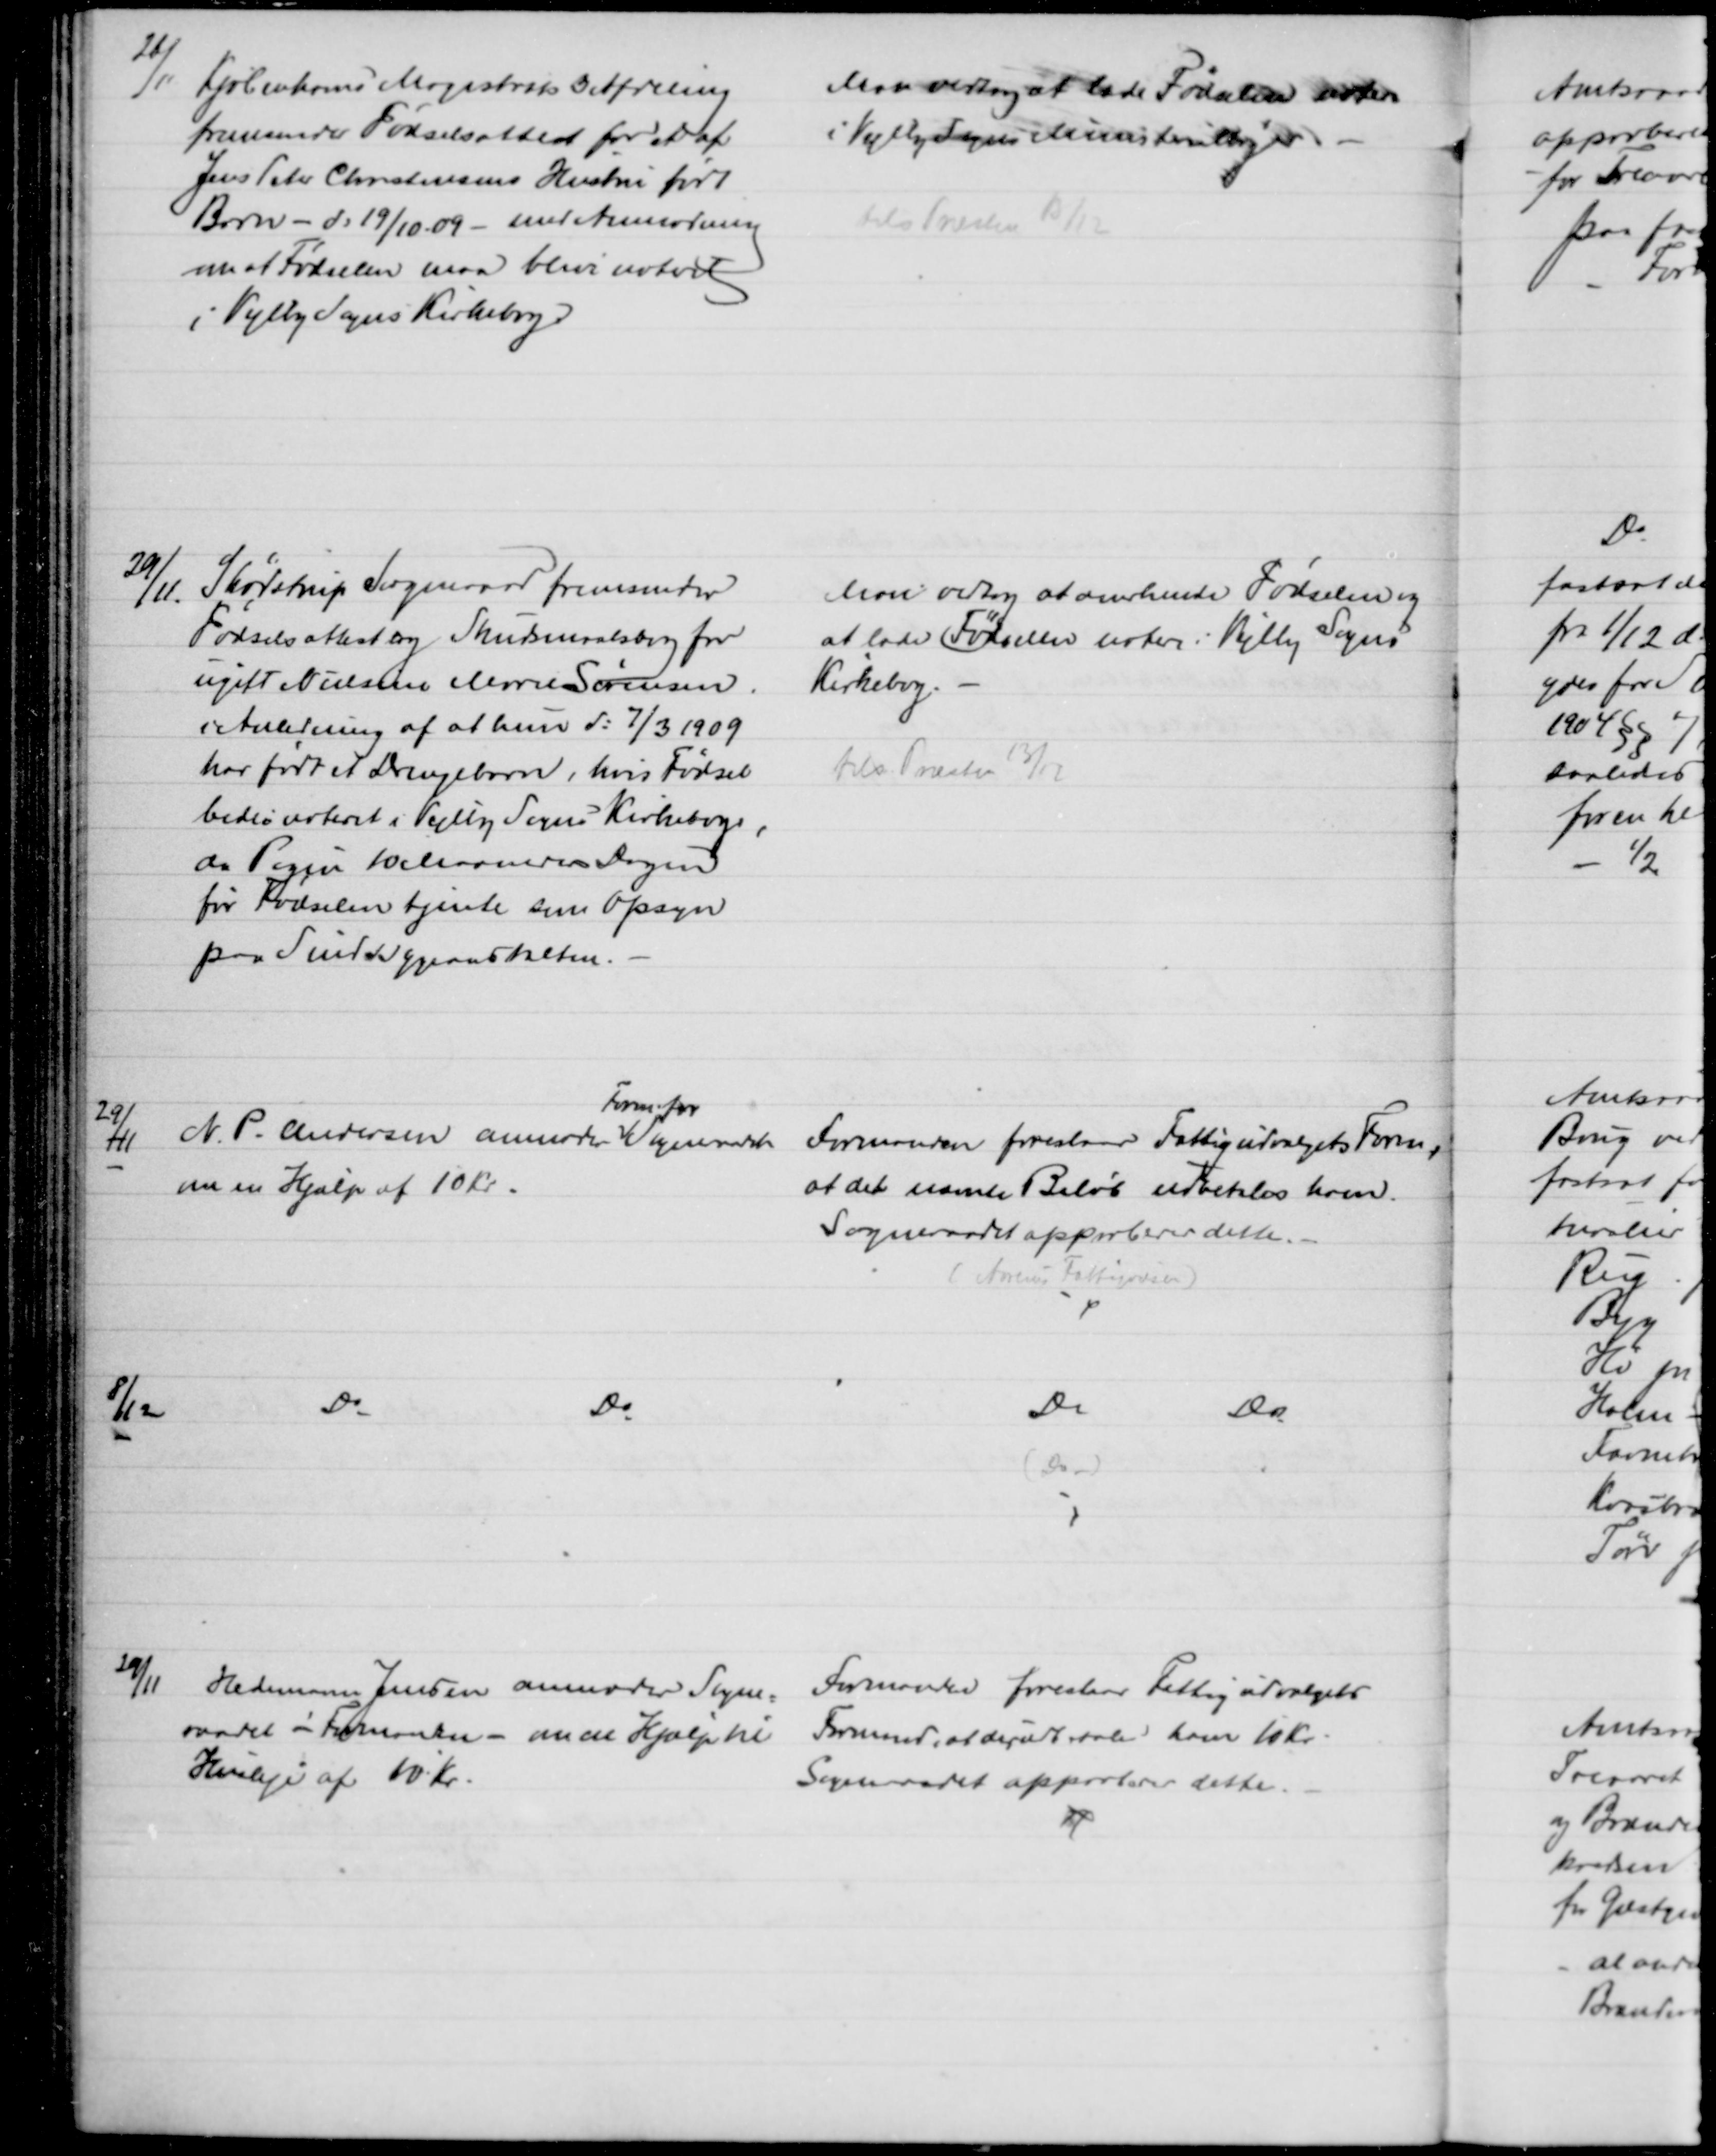
Transskription:
26/11.
Københavns Magistrats 3 Afdeling
fremsender Fødselsattest for et af
Jens Peter Christensens Hustru født
Barn - d. 19/10 09 - med Anmodning
om at Fødselen maa blive noteret
i Vejlby Sogns Kirkebog
Man vedtog at lade Fødselen notere
i Vejlby Sogns Ministerialbøger
tils Præsten 13/12
29/11.
Skødstrup Sogneraad fremsender
Fødselsattest og Skudsmaalsbog for
ugift Nielsine Marie Sørensen
i Anledning af at hun d: 7/3 1909
har født et Drengebarn, hvis Fødsel
bedes noteret i Vejlby Sogns Kirkebog,
da Pigen 10 Maaneders Dagen
før Fødselen tjente som Opsyn
paa Sindssygeanstalten.
Man vedtog at anerkende Fødselen og 
at lade Fødselen notere i Vejlby Sogns
Kirkebog.
tils Præsten 13/12
29/11 
N. P. Andersen anmoder 
Form. for
Sogneraadet
om en Hjælp af 10 Kr.
Formanden foreslaar Fattigudvalgets Form,
at det nævnte Beløb udbetales ham.
Sogneraadet approberer dette.
(Aarhus Fattigvæsen)
8/12
Do
Do
Do
Do
(Do)
29/11
Hedemann Jensen anmoder Sogne=
raadet - Formanden - om en Hjælp til
Husleje af 10 Kr.
Formanden foreslaar Fattigudvalgets
Formand, at der udbetales ham 10 kr.
Sognerådet approberer dette.